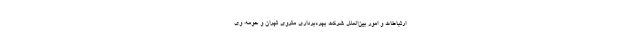
ارتباطات و امور بین‌الملل شرکت بهره‌برداری متروی تهران و حومه، وی